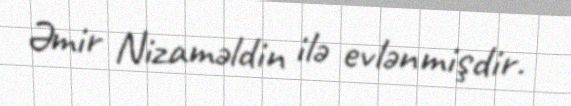
Əmir Nizaməldin ilə evlənmişdir.